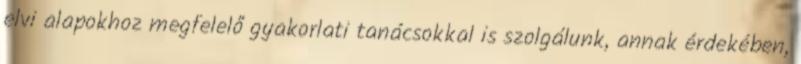
elvi alapokhoz megfelelő gyakorlati tanácsokkal is szolgálunk, annak érdekében,